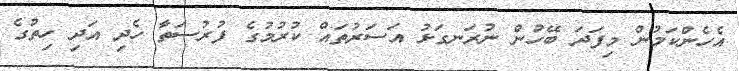
އެހެންކަމުން މިފަދަ ބޭހުން ނުރަނގަޅު އަސަރުތައް ކުރުމުގެ ފުރުސަތާ ހެދި އަދި ހިތުގެ